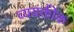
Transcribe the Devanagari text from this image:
व्ययक्तीक